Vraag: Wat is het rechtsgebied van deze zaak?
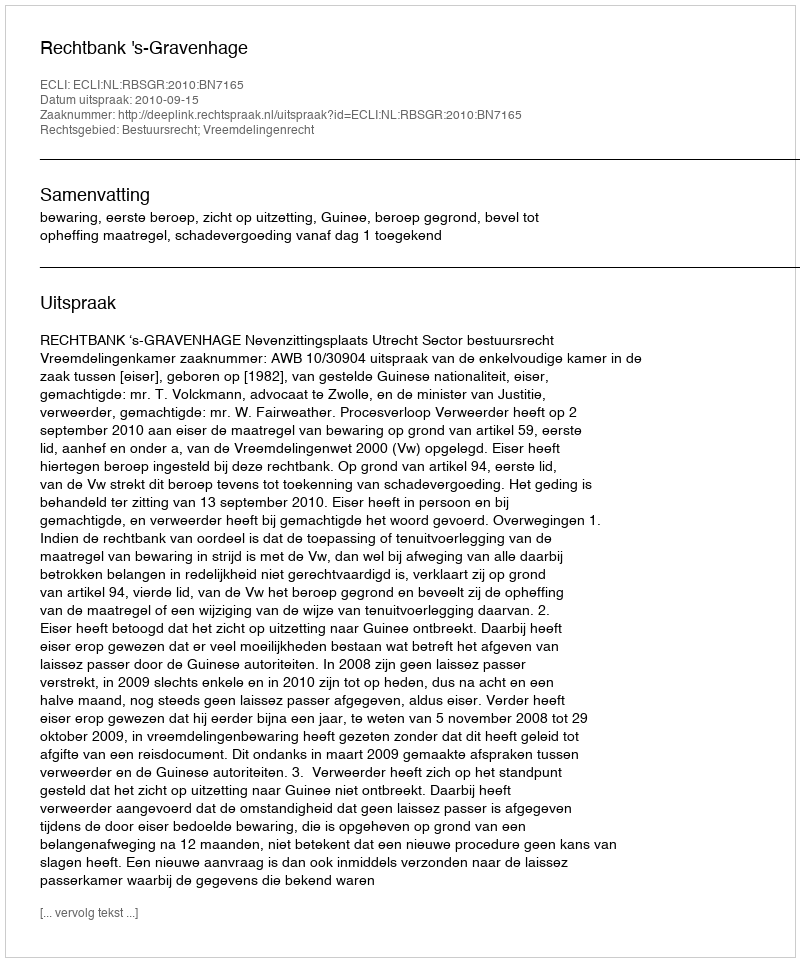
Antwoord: Bestuursrecht; Vreemdelingenrecht